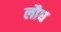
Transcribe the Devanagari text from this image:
लौघ